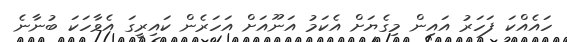
ހައެއްކަ ފަހަރު އައިން މިގެޔަށް އެކަމު އަނޫއަށް އަހަރެން ކައިރީގަ އެވާހަކަ ބުނާނެ